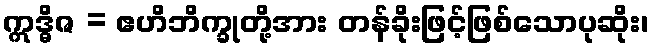
ဣဒ္ဓိဇ = ဧဟိဘိက္ခုတို့အား တန်ခိုးဖြင့်ဖြစ်သောပုဆိုး၊